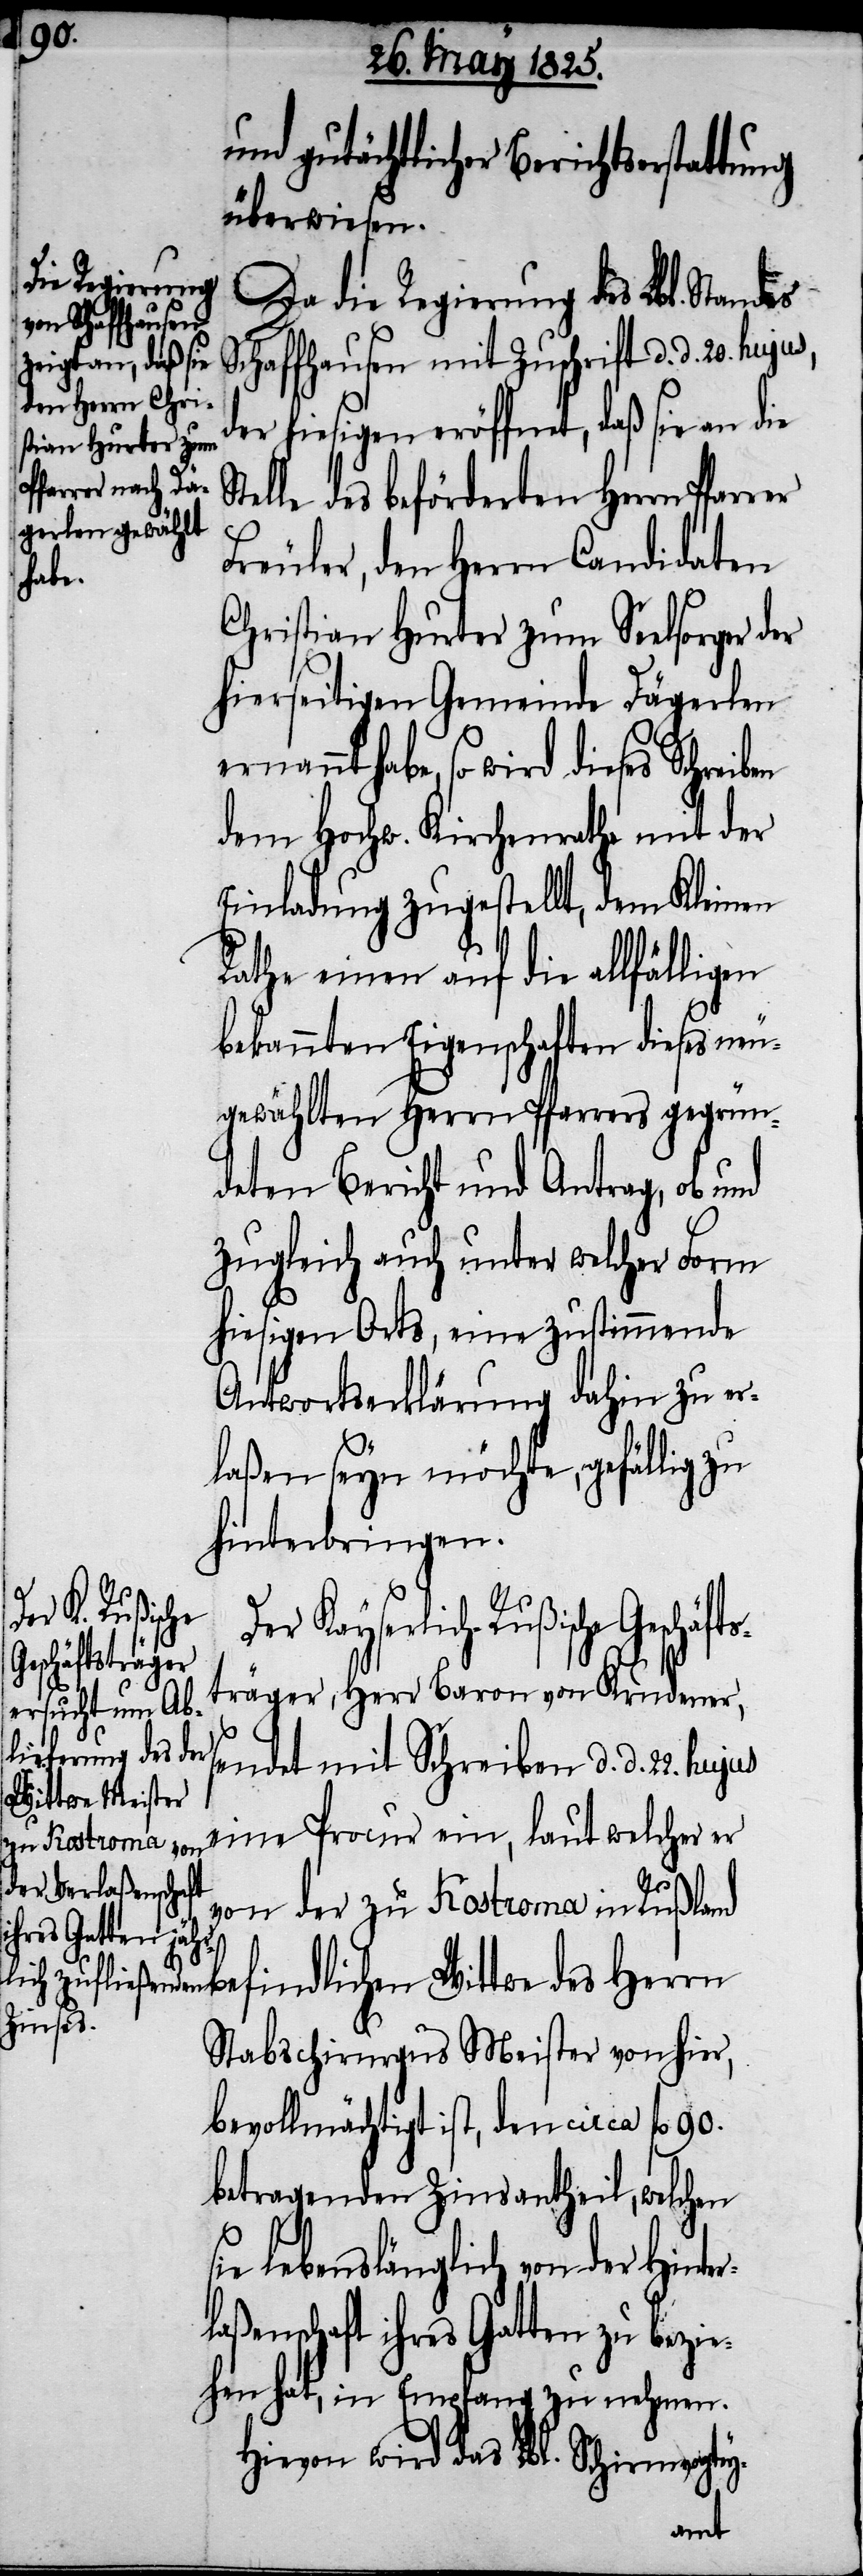
überwiesen.
Da die Regierung des Lbl. St¬
Schaffhausen mit Zuschrift d. d. 20.
der hiesigen eröffnet, daß sie an die
elle des beförderten Herrn Pfarrer
Freuler, den Herrn Candidaten
habe,
Christian Hurter zum Seelsorger der
hierseitigen Gemeinde Dägerlen
dem Hochw. Kirchenrath mit der
Einladung zugestellt, dem Kleinen
Rathe einen auf die allfälligen
bekannten Eigenschaften dieses neu¬
gewählten Herrn Pfarrers gegrün¬
deten Bericht und Antrag, ob und
zugleich auch unter welcher Form
hiesigen Orts, eine zustimmende
Antwortserklärung dahin zu er¬
laßen seyn möchte, gefällig zu
hinterbringen.
Der Kayserliche
Rußische Geschäfts¬
träger, Herr Baron von Krudener,
sendet mit Schreiben d. d. 22.
eine Procur ein, laut welcher er
r¬
von der zu Kostroma
in Rußland befindlichen Wittwe des Herrn
serstat¬
Stabschirurgus Meister von hier,
bevollmächtigt ist, den circa fl. 90.
betragenden Zinsantheil, welchen
sie lebenslänglich von der Hinte¬
laßenschaft ihres Gatten zu bezie¬
hen hat, in Empfang zunehmen.
Hievon wird das Lbl. Schirmvogtey-
andes